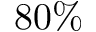
8 0 \%